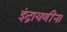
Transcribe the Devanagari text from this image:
इंद्रायणींना